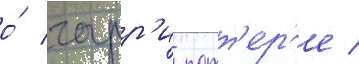
о́ гарр'и потт'ер'е /